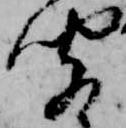
聞